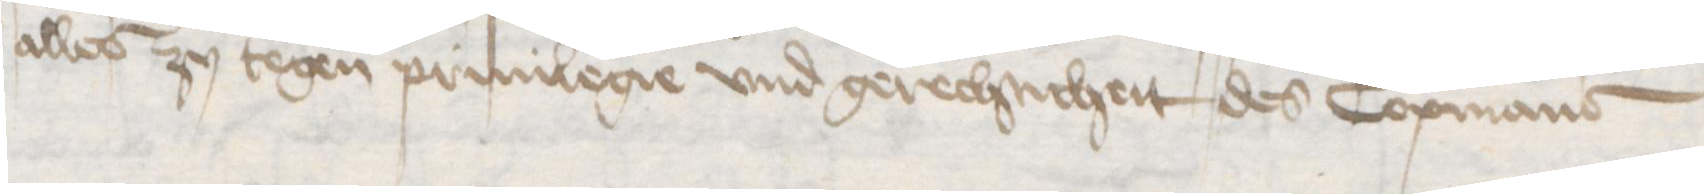
alles zu tegen priuilegie vnd gerechticheit des Copmans